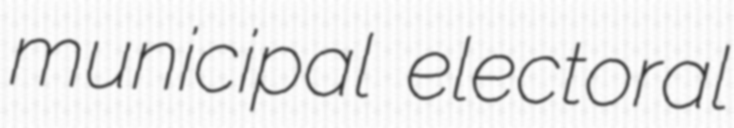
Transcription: municipal electoral